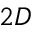
2 D